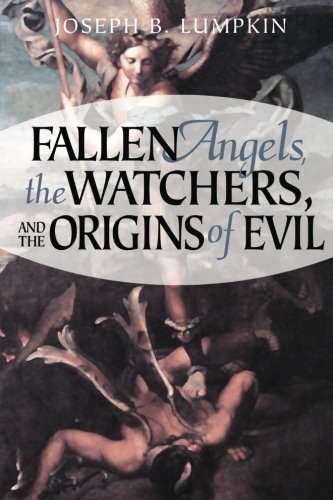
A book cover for Fallen Angels, the Watchers, and the Origins of Evil; Joseph Lumpkin; Christian Books & Bibles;